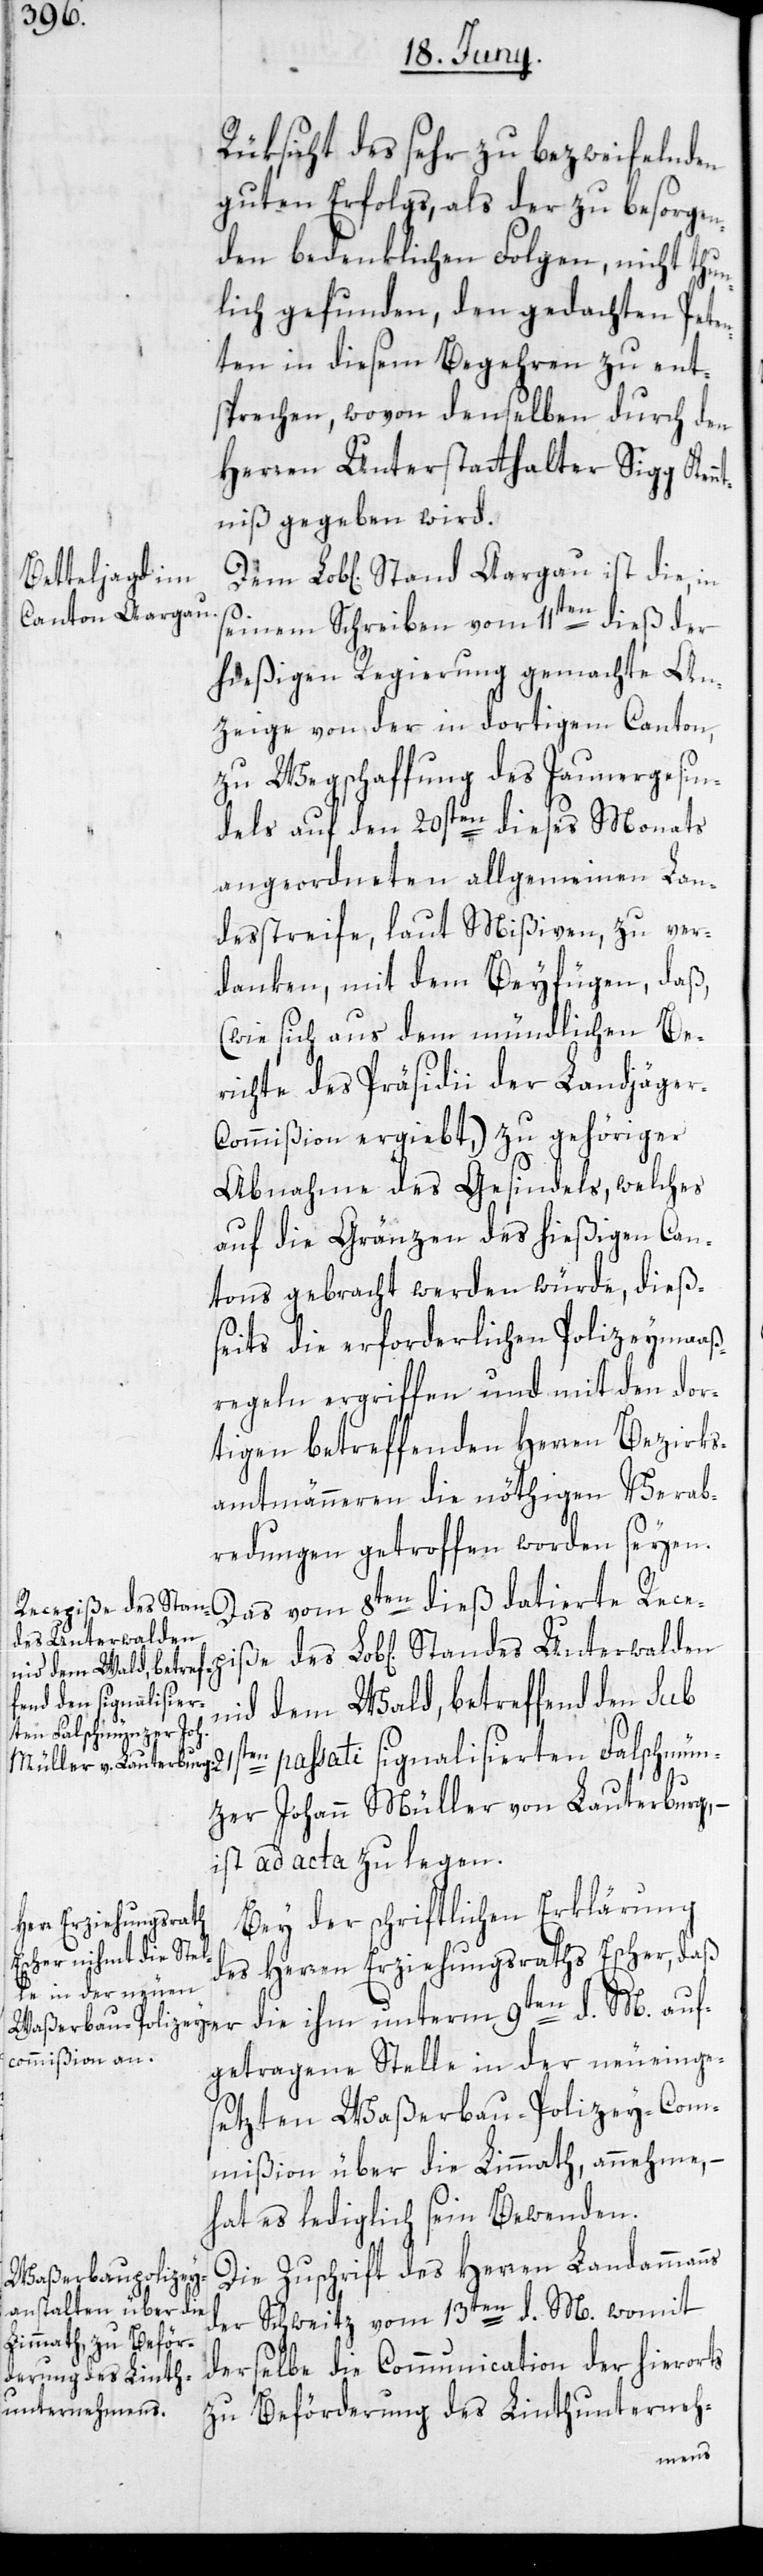
Rüksicht des sehr zu bezweifelnden
guten Erfolgs, als der zu besorgen¬
den bedenklichen Folgen, nicht thun¬
lich gefunden, den gedachten Peten¬
ten in diesem Begehren zu ent¬
sprechen, wovon denselben durch den
Herren Unterstatthalter Sigg Ken¬
ntniß gegeben wird.
seinem Schreiben vom 11ten dieß der
hießigen Regierung gemachte An¬
zeige von der in dortigem Canton,
zu Wegschaffung des Jaunergesin¬
dels auf den 20sten dieses Monats
angeordneten allgemeinen Lan¬
desstreife, laut Mißiven, zu ver¬
danken, mit dem Beyfügen, daß,
(wie sich aus dem mündlichen Be¬
richte des Präsidii der Landjäge¬
r-Commißion ergiebt,) zu gehöriger
Abnahme des Gesindels, welches
auf die Gränzen des hießigen Can¬
tons gebracht werden würde, dieß¬
seits die erforderlichen Polizeymaaß¬
regeln ergriffen und mit den dor¬
tigen betreffenden Herren Bezirks¬
amtmänneren die nöthigen Verab¬
redungen getroffen worden seyen.
Das vom 8ten dieß datierte Recep¬
des Unterwalden
passati signalisier¬
nid dem Wald, betreffend den sub
ten Falschmünz¬
er Johann Müller von Lauterburg, –
ist ad acta zu legen.
Bey der schriftlichen Erklärung
des Herren Erziehungsraths Escher, daß
getragene Stelle in der neueinge¬
setzten Waßerbau-Polizey-Com¬
mißion über die Limmath, annehme, –
hat es lediglich sein Bewenden.
Die Zuschrift des Herren Landammanns
der Schweitz vom 13ten d. M. womit
derselbe die Communication der hierorts
zu Beförderung des Linthunterneh-
auf¬